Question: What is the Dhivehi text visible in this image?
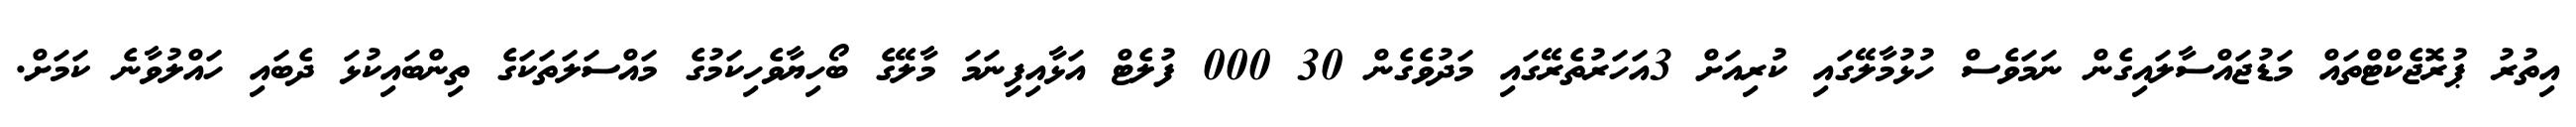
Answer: އިތުރު ޕުރޮޖެކްޓްތައް މަޑުޖައްސާލައިގެން ނަމަވެސް ހުޅުމާލޭގައި ކުރިއަށް 3އަހަރުތެރޭގައި މަދުވެގެން 30 000 ފުލެޓް އަޅާއިފިިނަމަ މާލޭގެ ބޯހިޔާވެހިކަމުގެ މައްސަލަތަކަގެ ތިންބައިކުޅަ ދެބައި ހައްލުވާނެ ކަމަށް.